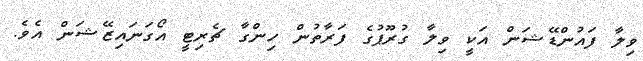
ވިލާ ފައުންޑޭޝަން އަކީ ވިލާ ގުރޫޕުގެ ފަރާތުން ހިންގާ ޗެރިޓީ އޯގަނައިޒޭޝަން އެވެ.